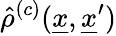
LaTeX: \hat{\rho}^{(c)}(\underline{{x}},\underline{{x}}^{\prime})